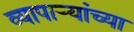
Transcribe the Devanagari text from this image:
व्यापार्‍यांच्या